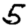
Digit: 5